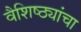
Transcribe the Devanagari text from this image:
वैशिष्ठ्यांचा